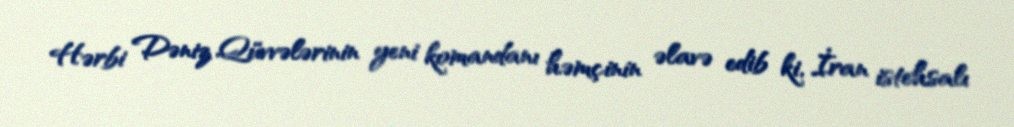
Hərbi Dəniz Qüvvələrinin yeni komandanı həmçinin əlavə edib ki, İran istehsalı